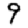
Digit: 9